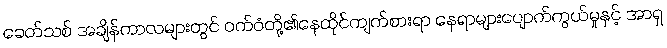
ခေတ်သစ် အချိန်ကာလများတွင် ဝက်ဝံတို့၏နေထိုင်ကျက်စားရာ နေရာများပျောက်ကွယ်မှုနှင့် အာရှ